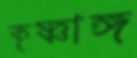
কৃষ্ণাঙ্গ